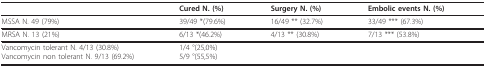
<table><thead><tr><td></td><td><b>Cured N. (%)</b></td><td><b>Surgery N. (%)</b></td><td><b>Embolic events N. (%)</b></td></tr></thead><tbody><tr><td>MSSA N. 49 (79%)</td><td>39/49 *(79.6%)</td><td>16/49 ** (32.7%)</td><td>33/49 *** (67.3%)</td></tr><tr><td>MRSA N. 13 (21%)</td><td>6/13 *(46.2%)</td><td>4/13 ** (30.8%)</td><td>7/13 *** (53.8%)</td></tr><tr><td>Vancomycin tolerant N. 4/13 (30.8%)Vancomycin non tolerant N. 9/13 (69.2%)</td><td>1/4 °(25,0%)5/9 °(55,5%)</td><td></td><td></td></tr></tbody></table>